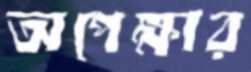
অপেক্ষার